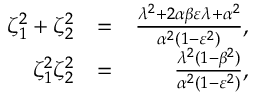
\begin{array} { r l r } { \zeta _ { 1 } ^ { 2 } + \zeta _ { 2 } ^ { 2 } } & { = } & { \frac { \lambda ^ { 2 } + 2 \alpha \beta \varepsilon \lambda + \alpha ^ { 2 } } { \alpha ^ { 2 } ( 1 - \varepsilon ^ { 2 } ) } , } \\ { \zeta _ { 1 } ^ { 2 } \zeta _ { 2 } ^ { 2 } } & { = } & { \frac { \lambda ^ { 2 } ( 1 - \beta ^ { 2 } ) } { \alpha ^ { 2 } ( 1 - \varepsilon ^ { 2 } ) } , } \end{array}